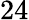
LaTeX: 24